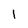
Character: I